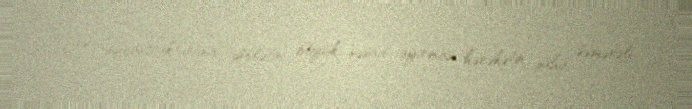
Yol infrastrukturuna dövlətin böyük vəsait ayırması hərəkətin daha səmərəli